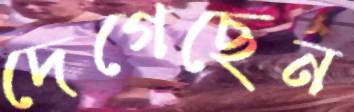
দেগেছেন